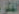
الفكر